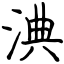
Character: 淟